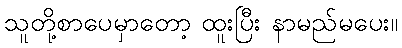
သူတို့စာပေမှာတော့ ထူးပြီး နာမည်မပေး။